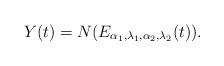
LaTeX: \begin{align*} Y(t)= N(E_{\alpha_1,\lambda_1,\alpha_2, \lambda_2}(t)).\end{align*}